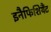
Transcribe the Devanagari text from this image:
इनैफिशियैंट